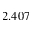
2 . 4 0 7